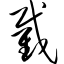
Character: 截